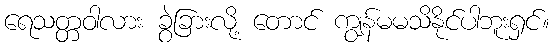
ရေသတ္တဝါလား ခွဲခြားလို့ တောင် ကျွန်မမသိနိုင်ပါဘူးရှင်။